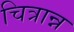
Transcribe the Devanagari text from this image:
चित्रान्न